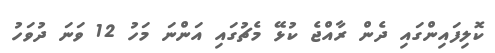
ކޮލިފައިންގައި ދެން ރާއްޖެ ކުޅޭ މެޗުގައި އަންނަ މަހު 12 ވަނަ ދުވަހު